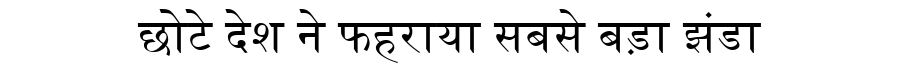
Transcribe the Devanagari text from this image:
छोटे देश ने फहराया सबसे बड़ा झंडा